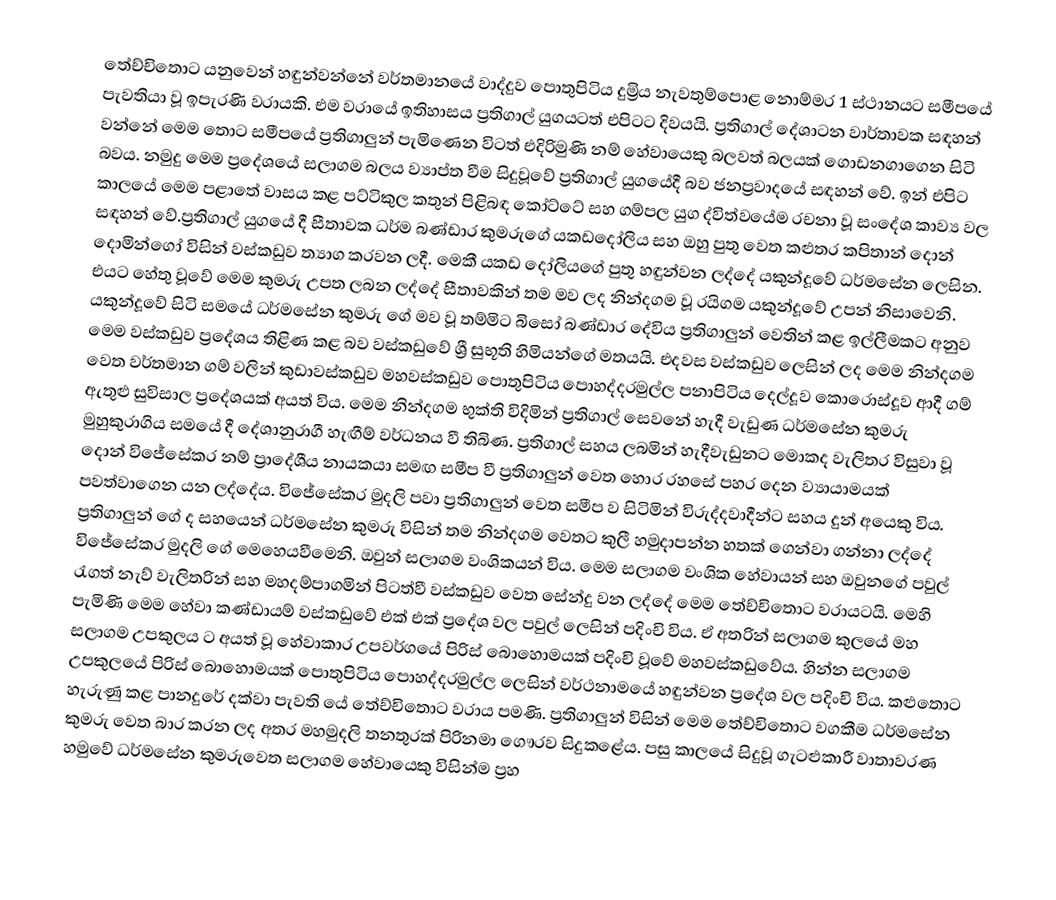
තේච්චිතොට යනුවෙන් හඳුන්වන්නේ වර්තමානයේ වාද්දුව පොතුපිටිය දුම්‍රිය නැවතුම්පොළ නොම්මර 1 ස්ථානයට සමීපයේ පැවතියා වූ ඉපැරණි වරායකි. එම වරායේ ඉතිහාසය ප්‍රතිගාල් යුගයටත් එපිටට දිවයයි. ප්‍රතිගාල් දේශාටන වාර්තාවක සඳහන් වන්නේ මෙම තොට සමීපයේ ප්‍රතිගාලුන් පැමිණෙන විටත් එදිරිමුණි නම් හේවායෙකු බලවත් බලයක්  ගොඩනගාගෙන සිටි බවය. නමුදු මෙම ප්‍රදේශයේ සලාගම බලය ව්‍යාප්ත වීම සිදුවූවේ ප්‍රතිගාල් යුගයේදී බව ජනප්‍රවාදයේ සඳහන් වේ. ඉන් එපිට කාලයේ මෙම පළාතේ වාසය කළ පට්ටිකුල කතුන් පිළිබඳ කෝට්ටේ සහ ගම්පල යුග ද්විත්වයේම රචනා වූ සංදේශ කාව්‍ය වල සඳහන් වේ.ප්‍රතිගාල් යුගයේ දී සීතාවක ධර්ම බණ්ඩාර කුමරුගේ යකඩදෝලිය සහ ඔහු පුතු වෙත කළුතර කපිතාන් දොන් දොමින්ගෝ විසින් වස්කඩුව ත්‍යාග කරවන ලදී. මෙකී යකඩ දෝලියගේ පුතු හඳුන්වන ලද්දේ යකුන්දූවේ ධර්මසේන ලෙසින. එයට හේතු වූවේ මෙම කුමරු උපත ලබන ලද්දේ සීතාවකින් තම මව ලද නින්දගම වූ රයිගම යකුන්දූවේ උපන් නිසාවෙනි. යකුන්දූවේ සිටි සමයේ ධර්මසේන කුමරු ගේ මව වූ තම්මිට බිසෝ බණ්ඩාර දේවිය ප්‍රතිගාලුන් වෙතින් කළ ඉල්ලීමකට අනුව මෙම වස්කඩුව ප්‍රදේශය තිළිණ කළ බව වස්කඩුවේ ශ්‍රී සුභූති හිමියන්ගේ මතයයි. එදවස වස්කඩුව ලෙසින් ලද මෙම නින්දගම වෙත වර්තමාන ගම් වලින් කුඩාවස්කඩුව මහවස්කඩුව පොතුපිටිය පොහද්දරමුල්ල පනාපිටිය දෙල්දූව කොරොස්දූව ආදී ගම් ඇතුළු සුවිසාල ප්‍රදේශයක් අයත් විය. මෙම නින්දගම භුක්ති විදිමින් ප්‍රතිගාල් සෙවනේ හැදී වැඩුණ ධර්මසේන කුමරු මුහුකුරාගිය සමයේ දී දේශානුරාගී හැඟීම් වර්ධනය වී තිබිණ. ප්‍රතිගාල් සහය ලබමින් හැදීවැඩුනට මොකද වැලිතර විසුවා වූ දොන් විජේසේකර නම් ප්‍රාදේශීය නායකයා සමඟ සමීප වී ප්‍රතිගාලුන් වෙත හොර රහසේ පහර දෙන ව්‍යායාමයක් පවත්වාගෙන යන ලද්දේය. විජේසේකර මුදලි පවා ප්‍රතිගාලුන් වෙත සමීප ව සිටිමින් විරුද්දවාදීන්ට සහය දුන් අයෙකු විය. ප්‍රතිගාලුන් ගේ ද සහයෙන් ධර්මසේන කුමරු විසින් තම නින්දගම වෙතට කුලී හමුදාපන්න හතක් ගෙන්වා ගන්නා ලද්දේ විජේසේකර මුදලි ගේ මෙහෙයවීමෙනි. ඔවුන් සලාගම වංශිකයන් විය. මෙම සලාගම වංශික හේවායන් සහ ඔවුනගේ පවුල් රැගත් නැව් වැලිතරින් සහ මහදම්පාගමින් පිටත්වී වස්කඩුව වෙත සේන්දු වන ලද්දේ මෙම තේච්චිතොට වරායටයි. මෙහි පැමිණි මෙම හේවා කණ්ඩායම් වස්කඩුවේ එක් එක් ප්‍රදේශ වල පවුල් ලෙසින් පදිංචි විය. ඒ අතරින් සලාගම කුලයේ මහ සලාගම උපකුලය ට අයත් වූ හේවාකාර උපවර්ගයේ පිරිස් බොහොමයක් පදිංචි වූවේ මහවස්කඩුවේය. හින්න සලාගම උපකුලයේ පිරිස් බොහොමයක් පොතුපිටිය පොහද්දරමුල්ල ලෙසින් වර්ථනාමයේ හඳුන්වන ප්‍රදේශ වල පදිංචි විය. කළුතොට හැරුණු කළ පානදුරේ දක්වා පැවති යේ තේච්චිතොට වරාය පමණි. ප්‍රතිගාලුන් විසින් මෙම තේච්චිතොට වගකීම ධර්මසේන කුමරු වෙත බාර කරන ලද අතර මහමුදලි තනතුරක් පිරිනමා ගෞරව සිදුකළේය. පසු කාලයේ සිදුවූ ගැටළුකාරී වාතාවරණ හමුවේ ධර්මසේන කුමරුවෙත සලාගම හේවායෙකු විසින්ම ප්‍රහ